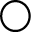
\bigcirc